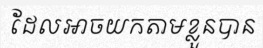
ដែលអាចយកតាមខ្លួនបាន